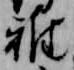
雅